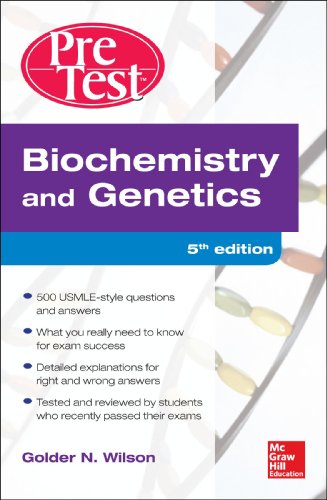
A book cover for Biochemistry and Genetics Pretest Self-Assessment and Review 5/E; Golder Wilson; Engineering & Transportation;